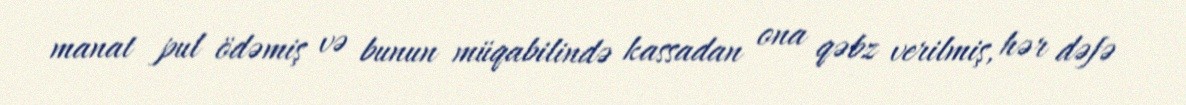
manat pul ödəmiş və bunun müqabilində kassadan ona qəbz verilmiş, hər dəfə